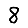
Digit: 8